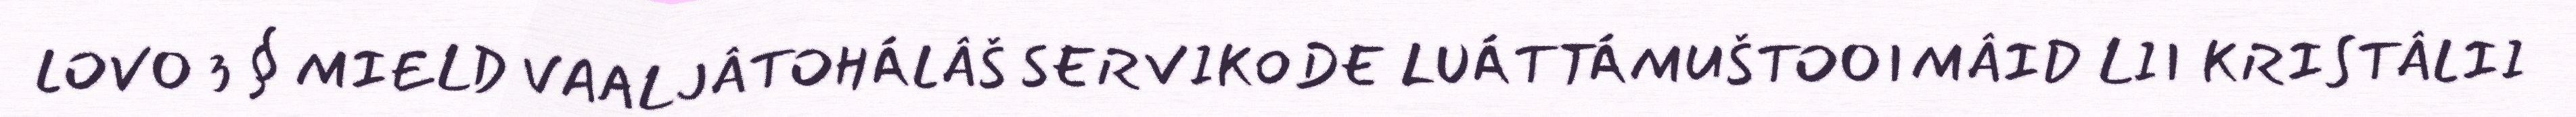
LOVO 3 § MIELD VAALJÂTOHÁLÂŠ SERVIKODE LUÁTTÁMUŠTOOIMÂID LII KRISTÂLII